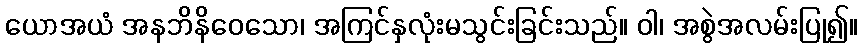
ယောအယံ အနဘိနိဝေသော၊ အကြင်နှလုံးမသွင်းခြင်းသည်။ ဝါ၊ အစွဲအလမ်းပြု၍။